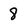
Character: 8